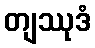
တျဿုဒံ